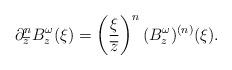
LaTeX: \begin{align*}\partial_{\overline{z}}^n B_z^\omega(\xi)=\left(\frac{\xi}{\overline{z}}\right)^n (B_z^\omega)^{(n)}(\xi).\end{align*}